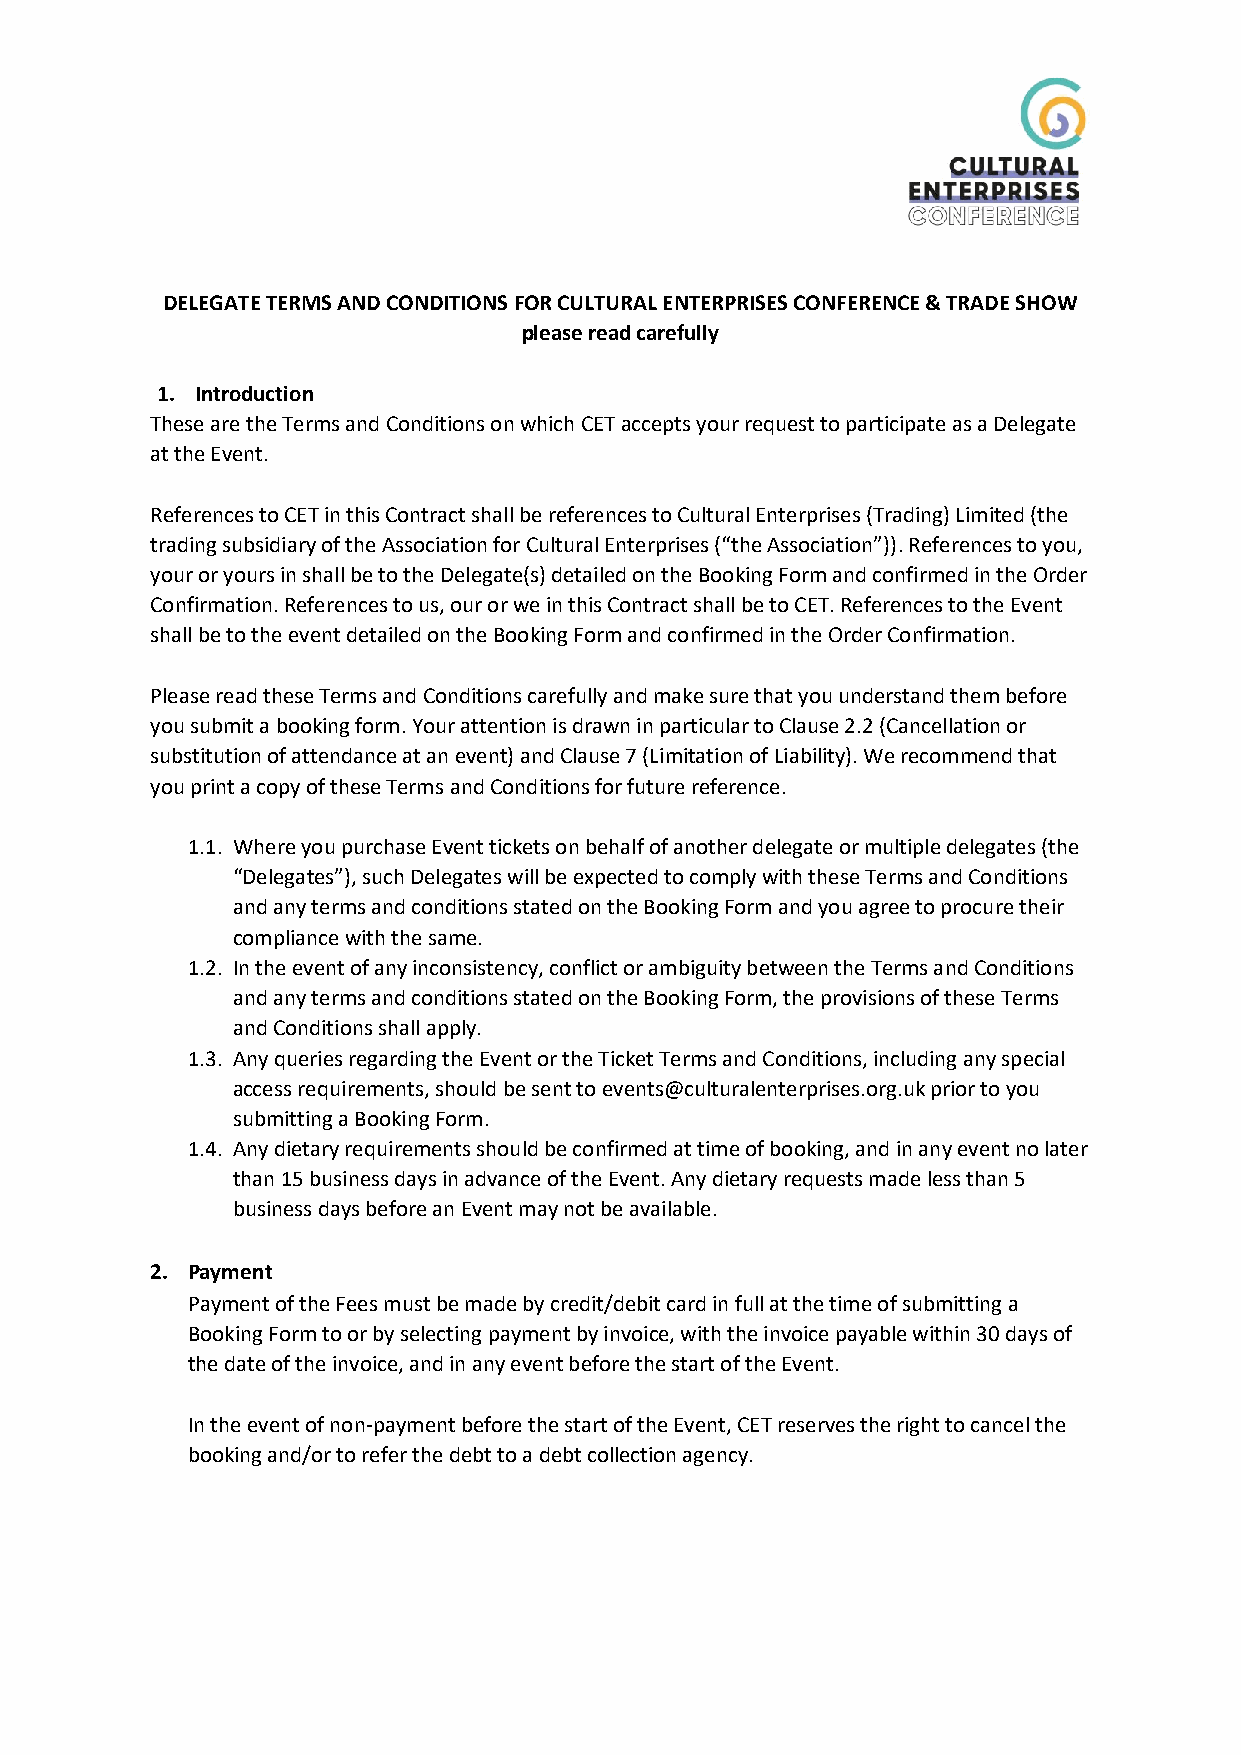
DELEGATE TERMS AND CONDITIONS FOR CULTURAL ENTERPRISES CONFERENCE & TRADE SHOW
 please read carefully
 1. Introduction
 These are the Terms and Conditions on which CET accepts your request to participate as a Delegate
 at the Event.
 References to CET in this Contract shall be references to Cultural Enterprises (Trading) Limited (the
 trading subsidiary of the Association for Cultural Enterprises (“the Association”)). References to you,
 your or yours in shall be to the Delegate(s) detailed on the Booking Form and confirmed in the Order
 Confirmation. References to us, our or we in this Contract shall be to CET. References to the Event
 shall be to the event detailed on the Booking Form and confirmed in the Order Confirmation.
 Please read these Terms and Conditions carefully and make sure that you understand them before
 you submit a booking form. Your attention is drawn in particular to Clause 2.2 (Cancellation or
 substitution of attendance at an event) and Clause 7 (Limitation of Liability). We recommend that
 you print a copy of these Terms and Conditions for future reference.
 1.1. Where you purchase Event tickets on behalf of another delegate or multiple delegates (the
 “Delegates”), such Delegates will be expected to comply with these Terms and Conditions
 and any terms and conditions stated on the Booking Form and you agree to procure their
 compliance with the same.
 1.2. In the event of any inconsistency, conflict or ambiguity between the Terms and Conditions
 and any terms and conditions stated on the Booking Form, the provisions of these Terms
 and Conditions shall apply.
 1.3. Any queries regarding the Event or the Ticket Terms and Conditions, including any special
 access requirements, should be sent to events@culturalenterprises.org.uk prior to you
 submitting a Booking Form.
 1.4. Any dietary requirements should be confirmed at time of booking, and in any event no later
 than 15 business days in advance of the Event. Any dietary requests made less than 5
 business days before an Event may not be available.
 2. Payment
 Payment of the Fees must be made by credit/debit card in full at the time of submitting a
 Booking Form to or by selecting payment by invoice, with the invoice payable within 30 days of
 the date of the invoice, and in any event before the start of the Event.
 In the event of non-payment before the start of the Event, CET reserves the right to cancel the
 booking and/or to refer the debt to a debt collection agency.